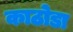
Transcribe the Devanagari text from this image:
काठोडा